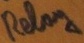
Text: Relay